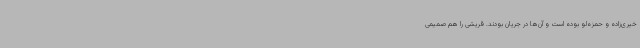
خیری‌زاده و حمزه‌لو بوده است و آن‌ها در جریان بودند. قریشی را هم صمیمی